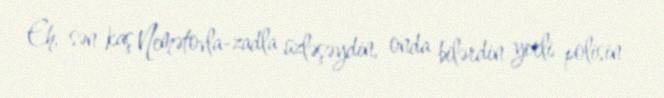
Eh, sən kaş Nemətovla-zadla üzləşəydin, onda bilərdin yerli polisin